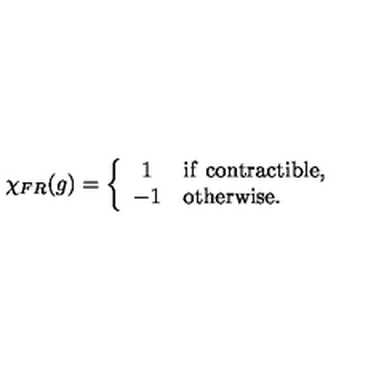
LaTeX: \chi _ { F R } ( g ) = \left\{ \begin{array} { c l } { 1 } & { \mathrm { i f \ } \mathrm { c o n t r a c t i b l e } , } \\ { - 1 } & { \mathrm { o t h e r w i s e } . } \\ \end{array} \right.